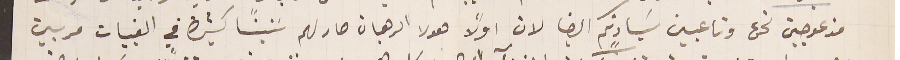
مزعوجين نحن وتاعبين سَيادتكم ايضا لان اولاً هولا الرهبان صار لهم سَنينًا كثيرة في القبيات مربين